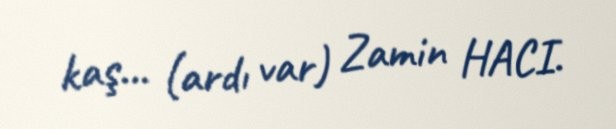
kaş... (ardı var) Zamin HACI.